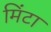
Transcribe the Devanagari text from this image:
मिंटा